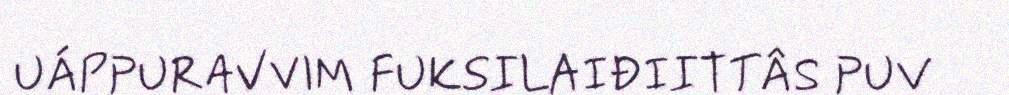
UÁPPURAVVIM FUKSILAIĐIITTÂS PUV